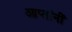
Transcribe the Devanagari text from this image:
आप्तांनीं